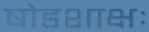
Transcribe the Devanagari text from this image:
षोडशाक्षः